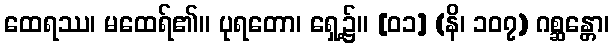
ထေရဿ၊ မထေရ်၏။ ပုရတော၊ ရှေ့၌။ [၀၁] (နိ၊ ၁၀၇) ဂစ္ဆန္တော၊